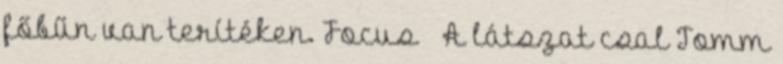
főbűn van terítéken. Focus – A látszat csal Tomm